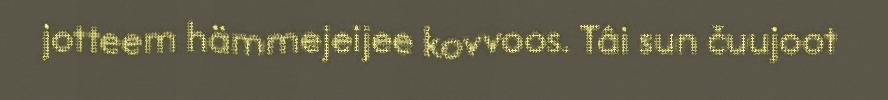
jotteem hämmejeijee kovvoos. Tâi sun čuujoot